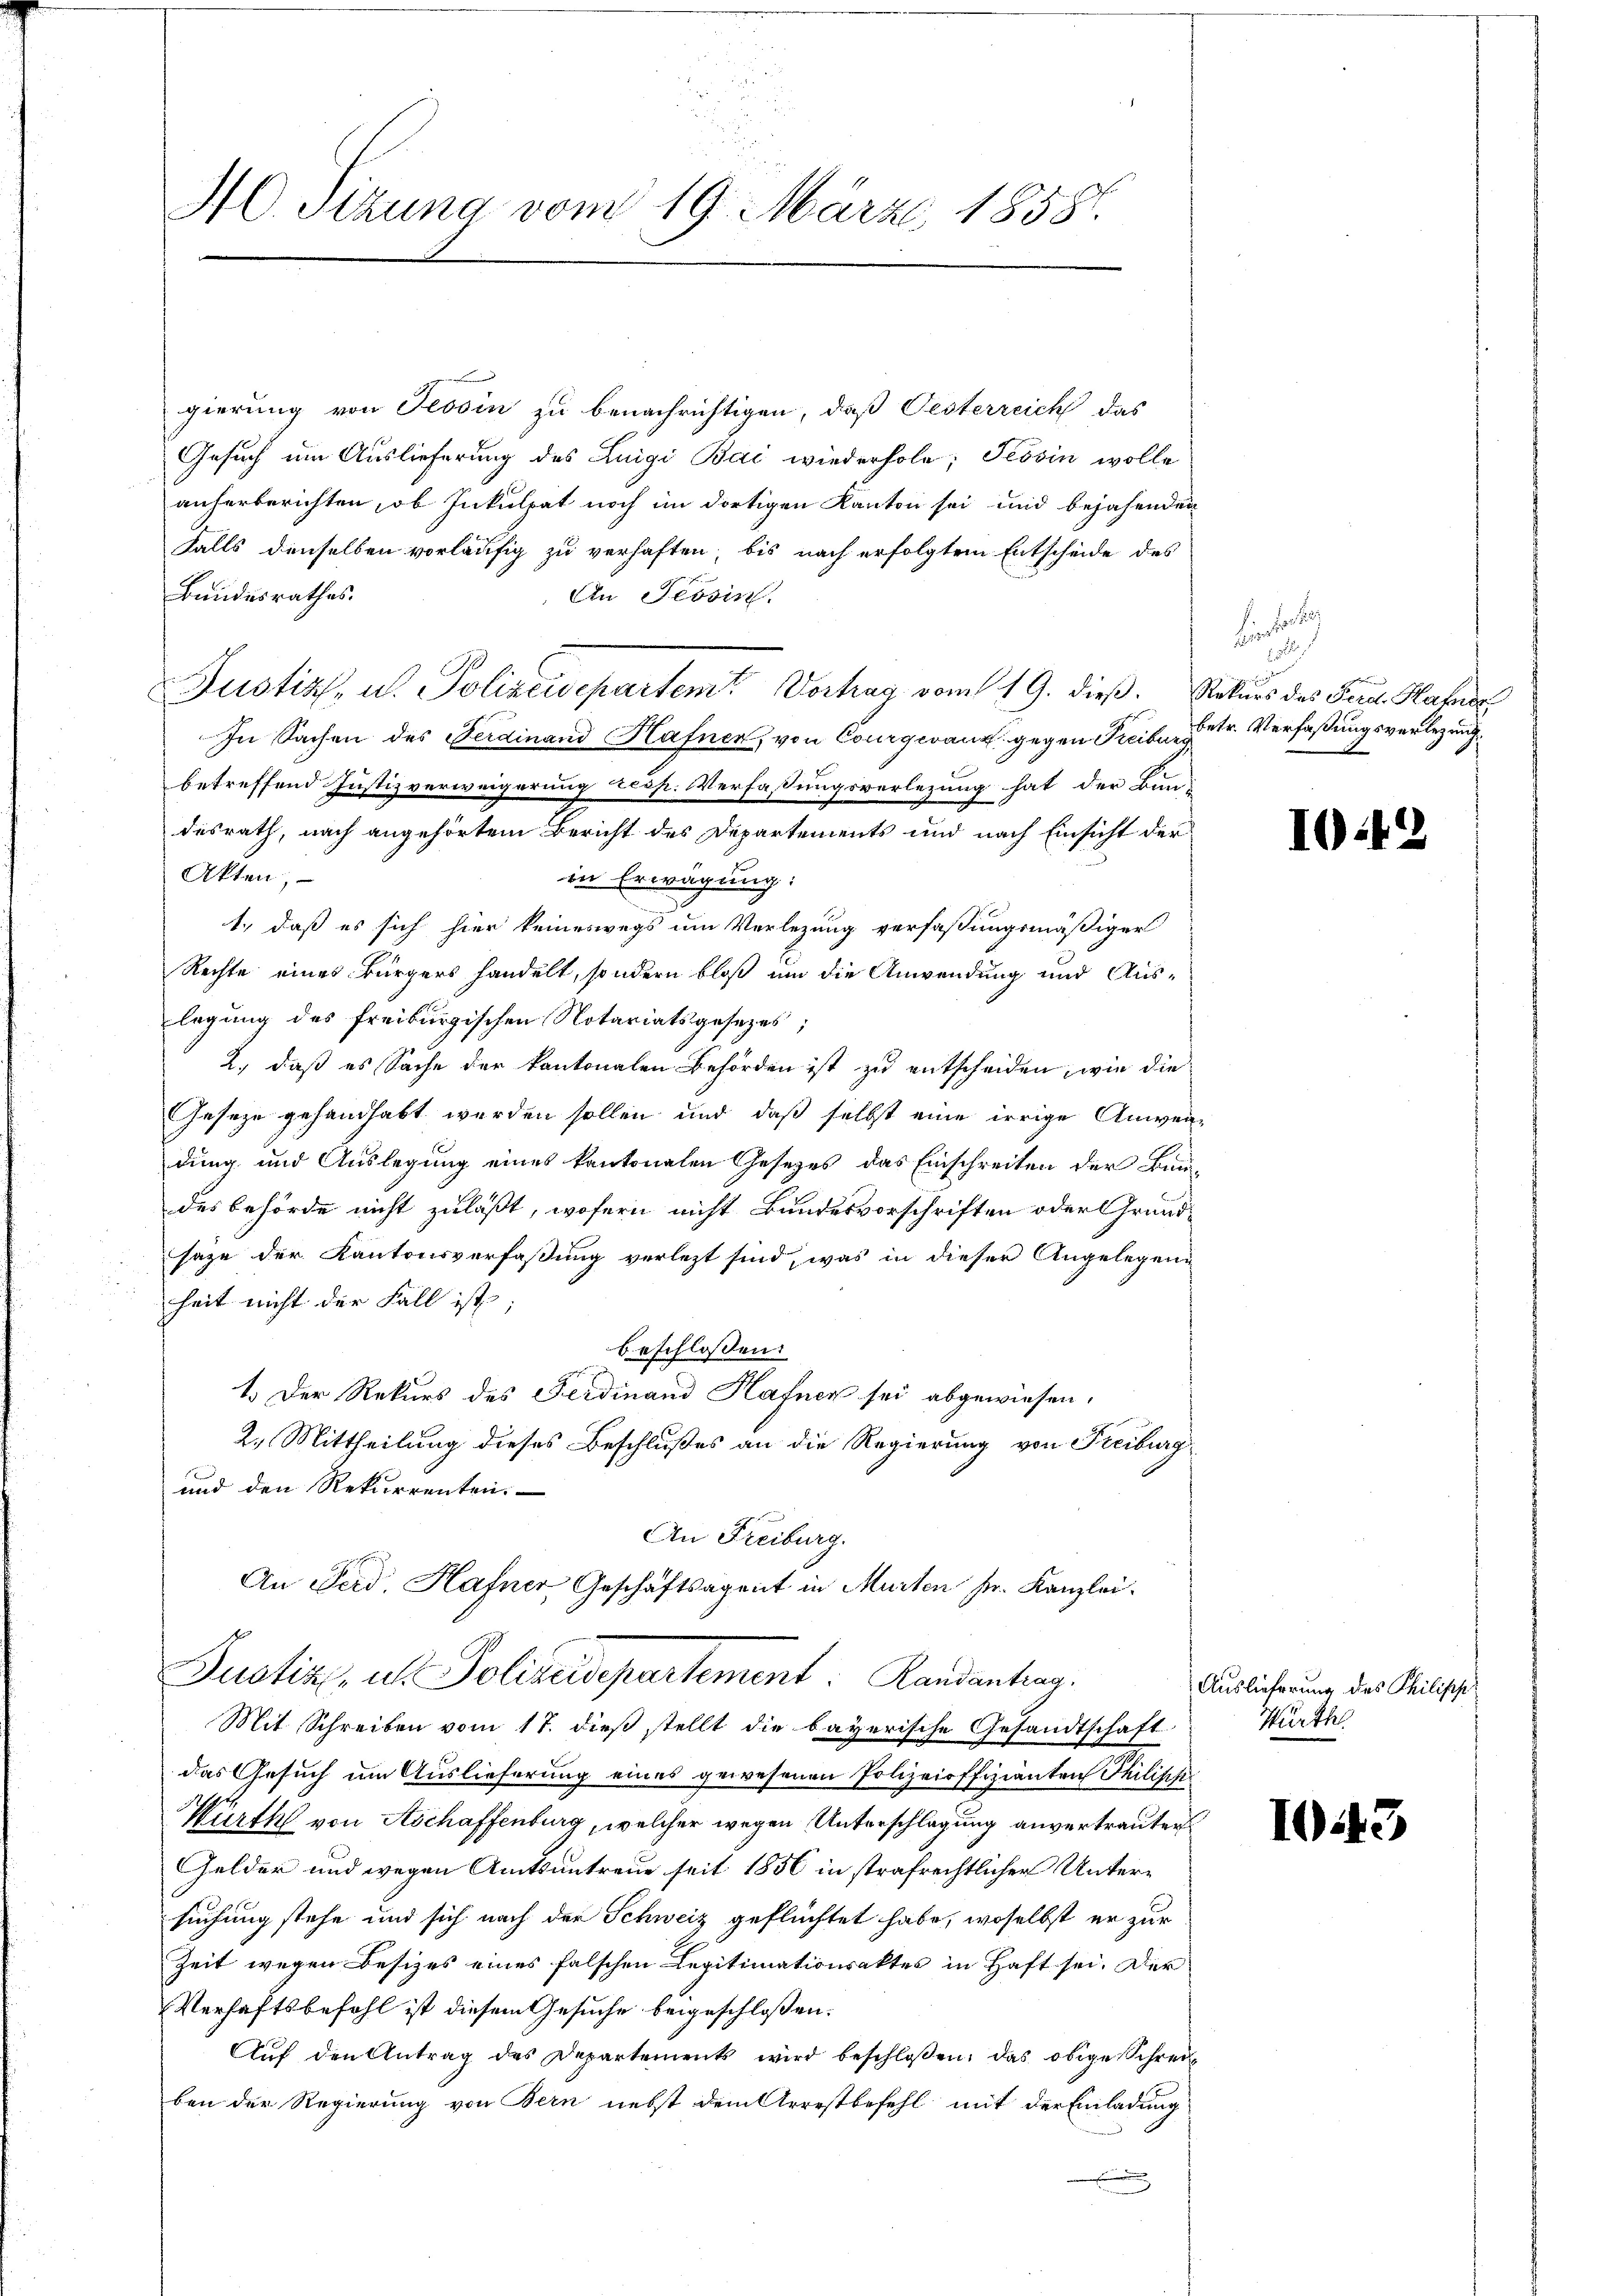
gierung von Tessin zu benachrichtigen, daß Oesterreich das
Gesuch um Auslieferung des Luigi Bai wiederhole; Tessin wolle
anherberichten, ob Inkulpat noch im dortigen Kanton sei und bejahenden
Falls denselben vorläufig zu verhaften, bis nach erfolgtem Entscheide des
Bundesrathes.
An Tessin.
 Justiz, u. Polizeidepartem Vorhag vom 19. dieß. Saturs des Jena Habe
In Sachen des Ferdinand Hafner, von Courgevanz gegen Freiburg
betreffend Justizverweigerung resp. Verfassungsverletzung hat der Bun-
desrath, nach angehörtem Bericht des Departements und nach Einsicht der
Akten,
in Erwägung:
1., daß es sich hier keineswegs um Verlegung verfassungsmäßiger
Rechte eines Bürgers handelt, sondern bloß um die Anwendung und Aus-
legung des freiburgischen Notariatsgesezes;
2., daß es Sache der kantonalen Behörden ist zu entscheiden, wie die
Geseze gehandhabt werden sollen und daß selbst eine irrige Anwen-
dung und Auslegung eines kantonalen Gesetzes das Einschreiten der Bundes behörde nicht zuläßt, wofern nicht Bundesvorschriften oder Grund-
sage der Kantonsverfaßung verletzt sind, was in dieser Angelegeng
heit nicht der Fall ist;
beschlossen:
1.) Der Rekurs des Ferdinand Hafner sei abgewiesen.
2. Mittheilung dieses Beschlußes an die Regierung von Freiburg
und den Rekurrenten.
An Freiburg.
An Ferd. Hafner Geschäftsagent in Murten sr. Kanzlei.
Justiz, als Polizeisepartement: Landantrag.
Mit Schreiben vom 17. dieβ stellt die bayerische Gesandtschaft
das Gesuch um Auslieferung eines gewesenen Polizeioffizianten Philisi¬
Würth von Aschaffenburg, welcher wegen Unterschlagung anvertrauten
Gelder und wegen Amtsantreue seit 1856 in strafrechtlicher Untersuchung stehe und sich nach der Schweiz geflüchtet habe, woselbst er zur
Zeit wegen Besizes eines falschen Legitimationsaktes in Haft sei. Der
Verhaftsbefohl ist diesem Gesuche beigeschloßen.
Aŭf den Antrag des Departements wird beschlossen: das obige Schrei
ben der Regierung von Bern nebst dem Arrestbefehl mit der Einladung
u

MC Sizung vom 19. März 1858.

hin der
u

betr. Verfaßungsverbezeug¬

I42

Auslieferung des Philipp
Würth

1043